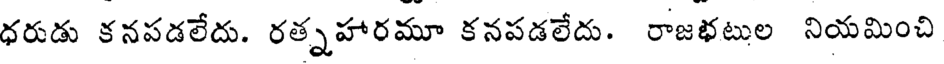
ధరుడు కనపడలేదు. రత్నహారమూ కనపడలేదు. రాజభటుల నియమించి